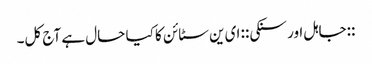
::جاہل اور سنکی:: ای ین سٹائن کا کیا حال ہے آج کل۔